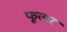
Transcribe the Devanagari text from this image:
फूलर